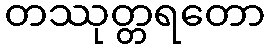
တဿုတ္တရတော